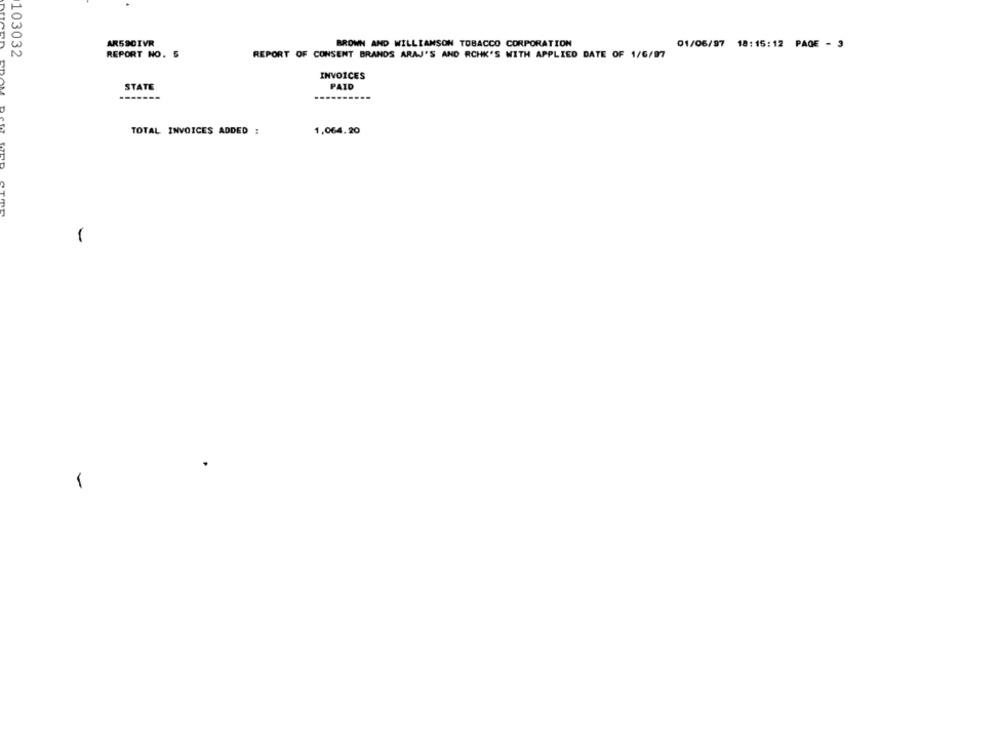
AR590IVR
BROWN AND WILLIAMSON TOBACCO CORPORATION
01/06/97 18:15:12 PAGE - 3
103032
REPORT NO. 5
REPORT OF CONSENT BRANDS ARAJ'S AND RCHK'S WITH APPLIED DATE OF 1/6/97
INVOICES
STATE
PAID
TOTAL INVOICES ADDED :
1,064.20
1
1